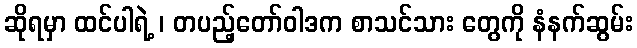
ဆိုရမှာ ထင်ပါရဲ့ ၊ တပည့်တော်ဝါဒက စာသင်သား တွေကို နံနက်ဆွမ်း